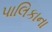
પાલિકાના